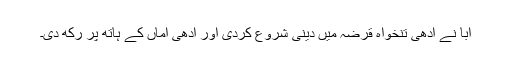
ابّا نے آدھی تنخواہ قرضہ میں دینی شروع کردی اور آدھی امّاں کے ہاتھ پر رکھ دی۔